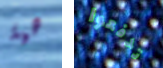
هية تدفعوا